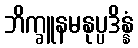
ဘိက္ခူနမနုပ္ပဒိန္နံ